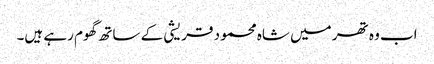
اب وہ تھر میں شاہ محمود قریشی کے ساتھ گھوم رہے ہیں۔